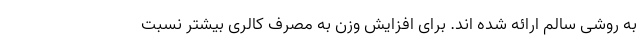
به روشی سالم ارائه شده اند. برای افزایش وزن به مصرف کالری بیشتر نسبت